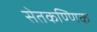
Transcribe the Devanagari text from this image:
सेतकण्णिक